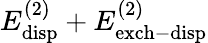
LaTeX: E_{\mathrm{disp}}^{(2)}+E_{\mathrm{exch-disp}}^{(2)}